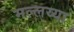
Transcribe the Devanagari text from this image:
मल्लय्या